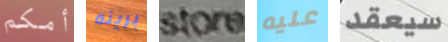
أمكم بريئه store عليه سيعقد